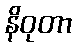
နိဝုတာ